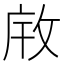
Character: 𫾯